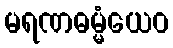
မရဏဓမ္မံယေဝ